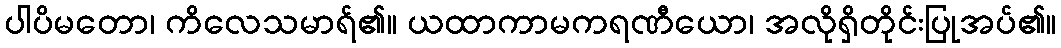
ပါပိမတော၊ ကိလေသမာရ်၏။ ယထာကာမကရဏီယော၊ အလိုရှိတိုင်းပြုအပ်၏။